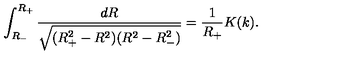
\int _ { R _ { - } } ^ { R _ { + } } \frac { d R } { \sqrt { ( R _ { + } ^ { 2 } - R ^ { 2 } ) ( R ^ { 2 } - R _ { - } ^ { 2 } ) } } = \frac { 1 } { R _ { + } } K ( k ) .